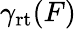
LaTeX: \gamma_{\mathrm{rt}}(F)